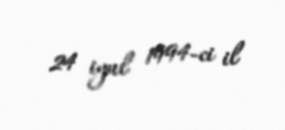
24 iyul 1994-ci il